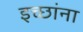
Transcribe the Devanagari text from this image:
इच्छांना